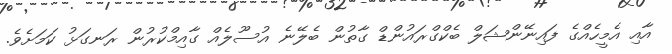
އާއި އެމީހެއްގެ ފައިނޭންޝަލް ބެކްގްރައުންޑް ގާތުން ބެލޭނެ އުސޫލެއް ގާއިމްކުރުން ރަނގަޅު ކަމަށެވެ.